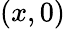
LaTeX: (x,0)